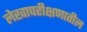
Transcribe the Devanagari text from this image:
लेखापरीक्षणातील